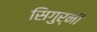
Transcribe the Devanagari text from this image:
सिगुर्नी